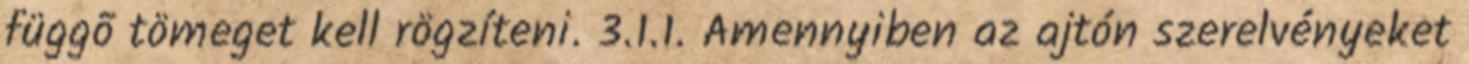
függõ tömeget kell rögzíteni. 3.1.1. Amennyiben az ajtón szerelvényeket